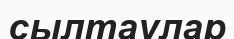
сылтаулар